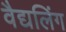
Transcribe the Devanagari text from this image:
वैद्यलिंग